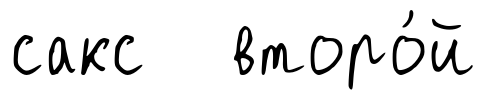
сакс второ́й